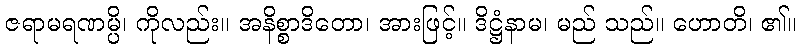
ဇရာမရဏမ္ပိ၊ ကိုလည်း။ အနိစ္စာဒိတော၊ အားဖြင့်။ ဒိဋ္ဌံနာမ၊ မည် သည်။ ဟောတိ၊ ၏။